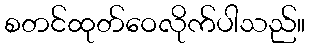
စတင်ထုတ်ဝေလိုက်ပါသည်။